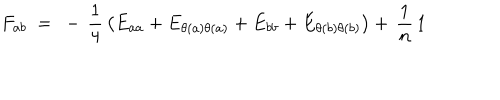
F _ { a b } ~ = ~ - \, { \frac { 1 } { 4 } } \left( E _ { a a } + E _ { \theta ( a ) \theta ( a ) } + E _ { b b } + E _ { \theta ( b ) \theta ( b ) } \right) + \, { \frac { 1 } { n } } \, 1